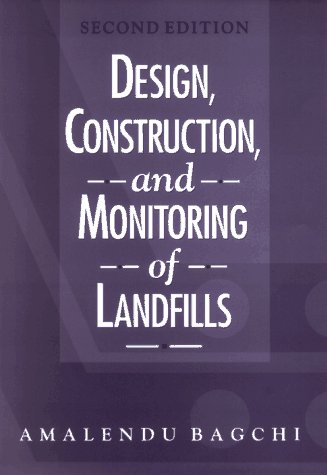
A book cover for Design, Construction, and Monitoring of Landfills; Amalendu Bagchi; Science & Math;